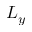
L _ { y }